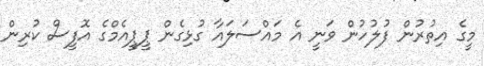
މީގެ އިތުރުން ފުލުހުން ވަނީ އެ މައްސަލައާ ގުޅިގެން ޕީޕީއެމްގެ އޮފީސް ކުރިން